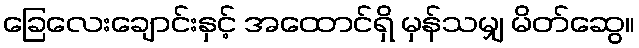
ခြေလေးချောင်းနှင့် အထောင်ရှိ မှန်သမျှ မိတ်ဆွေ။